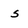
Character: s